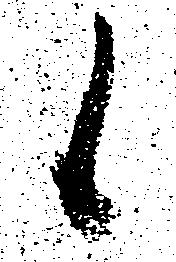
候